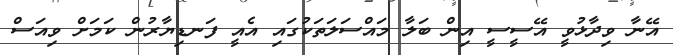
އޭނާ ވިދާޅުވީ އޭސީސީ އިން ބަލާ މައްސަލަތަކުގައި އެއީ ފަނޑިޔާރުން ކަމަށް ވިއަސް